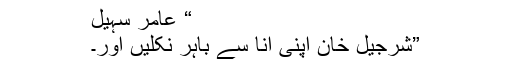
“ عامر سہیل
”شرجیل خان اپنی انا سے باہر نکلیں اور۔